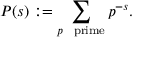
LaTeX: P ( s ) : = \sum _ { p \ { \mathrm { ~ p r i m e } } } p ^ { - s } .